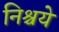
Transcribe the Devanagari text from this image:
निश्चये